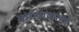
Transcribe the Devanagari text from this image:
कांद्याप्रमाणे